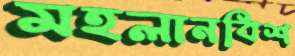
মহলানবিশ